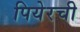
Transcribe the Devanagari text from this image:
पियेरची